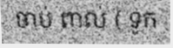
ចាប់ ពាល់ ( ទូក